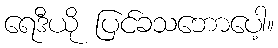
ရေဒီယို ပြင်ခသဘောပေါ့။